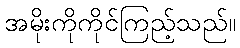
အမိုးကိုကိုင်ကြည့်သည်။